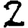
Digit: 2